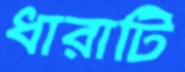
ধারাটি